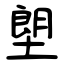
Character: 塱